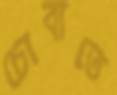
চোবাতে